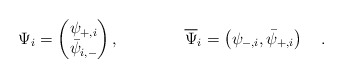
\begin{align*}\Psi_i = \begin{pmatrix} \psi_{+,i} \\ \bar{\psi}_{i,-} \end{pmatrix}, \qquad\qquad \overline{\Psi}_i = \left( \psi_{-,i} , \bar{\psi}_{+,i} \right) \quad .\end{align*}